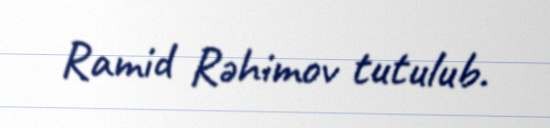
Ramid Rəhimov tutulub.